Madras plague regulations and rules for the inspection of inward and outward bound vessels - Volume 2
Disease focus: Plague
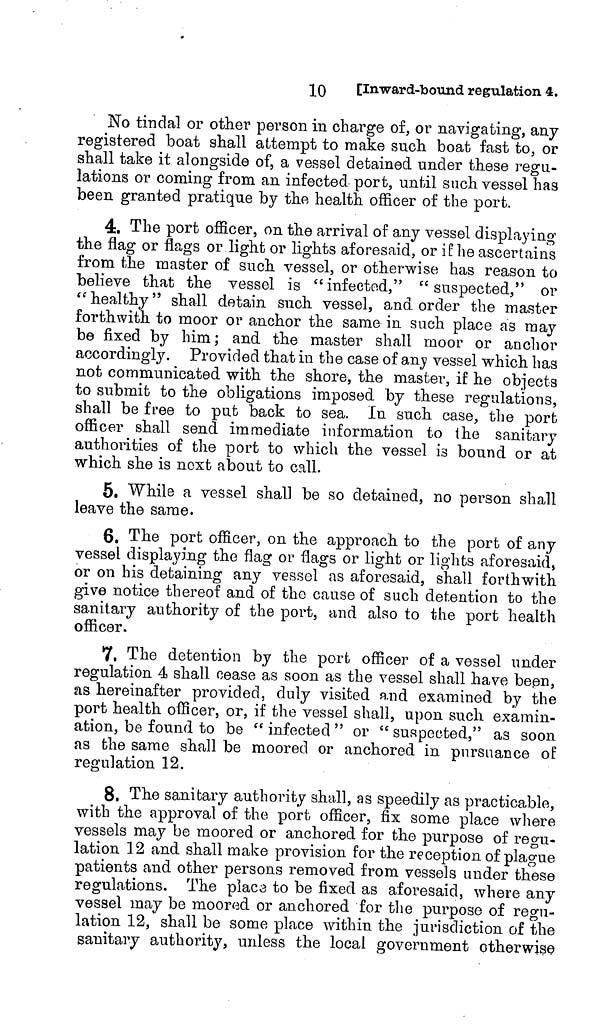
10
[Inward-bound regulation 4.
No tindal or other person in charge of, or navigating, any
registered boat shall attempt to make such boat fast to, or
shall take it alongside of, a vessel detained under these regu-
lations or coming from an infected port, until such vessel has
been granted pratique by the health officer of the port.
4. The port officer, on the arrival of any vessel displaying
the flag or flags or light or lights aforesaid, or if he ascertains
from the master of such vessel, or otherwise has reason to
believe that the vessel is " infected," " suspected," or
"healthy" shall detain such vessel, and order the master
forthwith to moor or anchor the same in such place as may
be fixed by him; and the master shall moor or anchor
accordingly. Provided that in the case of any vessel which has
not communicated with the shore, the master, if he objects
to submit to the obligations imposed by these regulations,
shall be free to put back to sea. In such case, the port
officer shall send immediate information to the sanitary
authorities of the port to which the vessel is bound or at
which she is next about to call.
5. While a vessel shall be so detained, no person shall
leave the same.
6, The port officer, on the approach to the port of any
vessel displaying the flag or flags or light or lights aforesaid,
or on his detaining any vessel as aforesaid, shall forthwith
give notice thereof and of the cause of such detention to the
sanitary authority of the port, and also to the port health
officer.
7, The detention by the port officer of a vessel under
regulation 4 shall cease as soon as the vessel shall have been,
as hereinafter provided, duly visited and examined by the
port health officer, or, if the vessel shall, upon such examin-
ation, be found to be " infected " or " suspected," as soon
as the same shall be moored or anchored in pursuance of
regulation 12.
8, The sanitary authority shall, as speedily as practicable,
with the approval of the port officer, fix some place where
vessels may be moored or anchored for the purpose of regu-
lation 12 and shall make provision for the reception of plague
patients and other persons removed from vessels under these
regulations. The place to be fixed as aforesaid, where any
vessel may be moored or anchored for the purpose of regu-
lation 12, shall be some place within the jurisdiction of the
sanitary authority, unless the local government otherwise